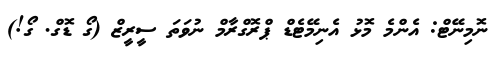
ނޮމިނޭޓް: އެންމެ މޮޅު އެނިމޭޓެޑް ޕްރޮގްރާމް ނުވަތަ ސީރީޒް (ގޯ ޑޮގް. ގޯ!)